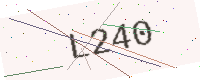
Text: L240